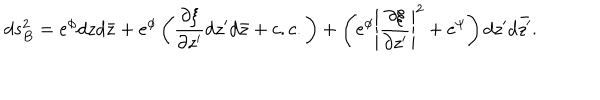
d s _ { B } ^ { 2 } = e ^ { \phi } d z d \bar { z } + e ^ { \phi } \left( \frac { \partial \xi } { \partial z ^ { \prime } } d z ^ { \prime } d \bar { z } + c . c . \right) + \left( e ^ { \phi } \left| \frac { \partial \xi } { \partial z ^ { \prime } } \right| ^ { 2 } + e ^ { \psi } \right) d z ^ { \prime } d \bar { z ^ { \prime } } .